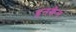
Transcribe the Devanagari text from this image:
इनकेन